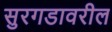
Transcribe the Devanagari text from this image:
सुरगडावरील